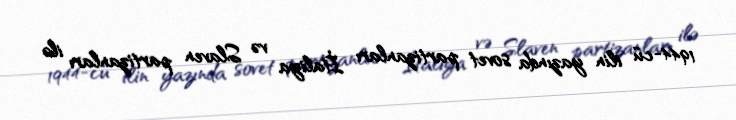
1944-cü ilin yazında sovet partizanları İtaliya və Slaven partizanları ilə